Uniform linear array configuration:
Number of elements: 32
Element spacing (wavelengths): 0.25
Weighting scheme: cosine
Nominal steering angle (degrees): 30
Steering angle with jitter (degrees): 28.815
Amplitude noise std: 0.05
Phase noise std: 0.05

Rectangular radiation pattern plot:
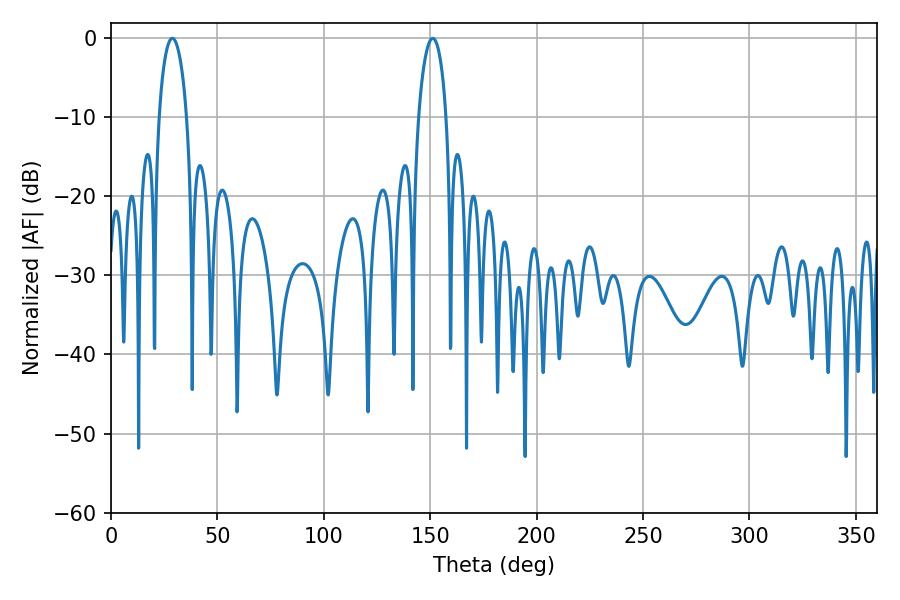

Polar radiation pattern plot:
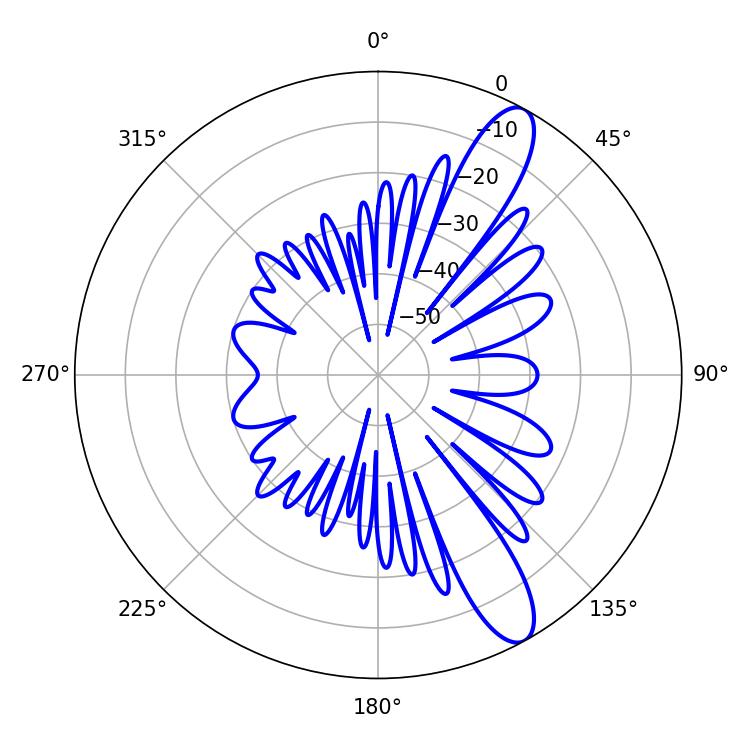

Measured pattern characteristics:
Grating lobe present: FALSE
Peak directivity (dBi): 11.613
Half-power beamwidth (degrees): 7.38
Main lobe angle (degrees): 28.8